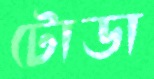
টোডা